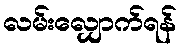
လမ်းလျှောက်ရန်